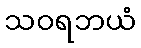
သဝရဘယံ